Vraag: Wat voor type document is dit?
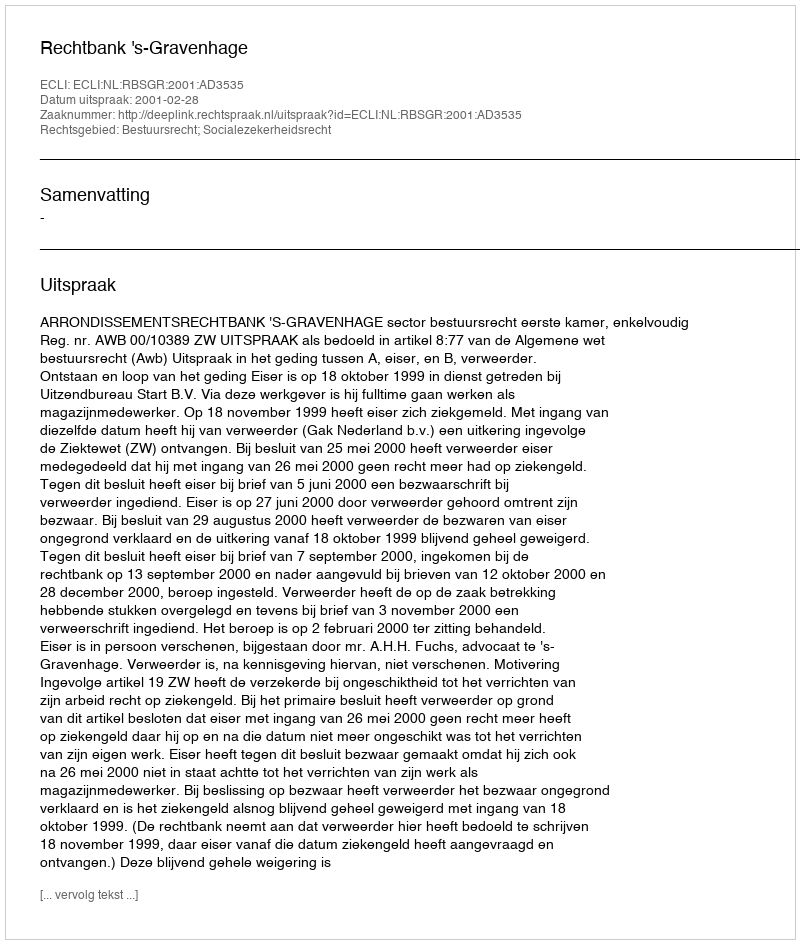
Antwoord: Uitspraak